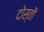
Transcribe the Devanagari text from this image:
दोस्तॊं